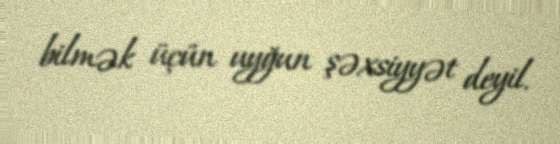
bilmək üçün uyğun şəxsiyyət deyil.